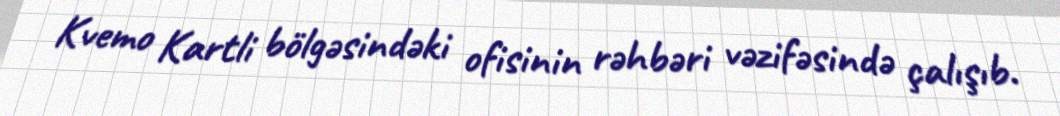
Kvemo Kartli bölgəsindəki ofisinin rəhbəri vəzifəsində çalışıb.